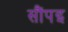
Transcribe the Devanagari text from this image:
सौंपइ